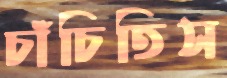
চাঁচিতিস